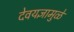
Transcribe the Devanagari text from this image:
देवयज्ञामुळे